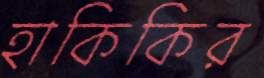
হাকিকির